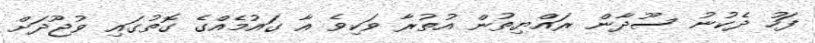
ފަހު ދެކުނު ސޫދާން ރައްޔިތުން އުތުރާ ވަކިވެ އާ ގައުމެއްގެ ގޮތުގައި ވުޖޫދަށް